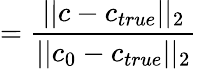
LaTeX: =\frac{||c-c_{true}||_{2}}{||c_{0}-c_{true}||_{2}}